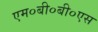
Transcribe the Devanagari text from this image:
एम०बी०बी०एस